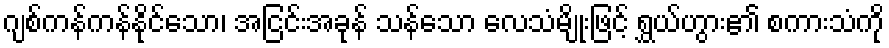
ဂျစ်ကန်ကန်နိုင်သော၊ အငြင်းအခုန် သန်သော လေသံမျိုးဖြင့် ရွှယ်ဟွား၏ စကားသံကို